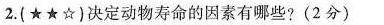
_2.(★★☆)决定动物寿命的因素有哪些?(2分)